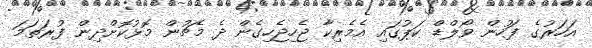
އަހަރުގެ ފަހުން ވޯލްޑް ކަޕުގައި އެމެރިކާ ޖެހިޖެހިގެން ދެ މެޗުން މޮޅުކޮށްދިން ފުރަތަމަ